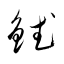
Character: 錻